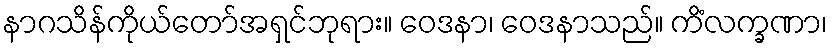
နာဂသိန်ကိုယ်တော်အရှင်ဘုရား။ ဝေဒနာ၊ ဝေဒနာသည်။ ကိံလက္ခဏာ၊